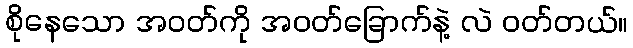
စိုနေသော အဝတ်ကို အဝတ်ခြောက်နဲ့ လဲ ဝတ်တယ်။